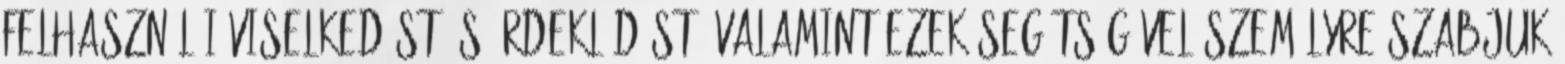
felhasználói viselkedést és érdeklődést, valamint ezek segítségével személyre szabjuk